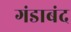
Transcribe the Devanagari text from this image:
गंडाबंद